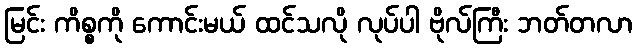
မြင်း ကိစ္စကို ကောင်းမယ် ထင်သလို လုပ်ပါ ဗိုလ်ကြီး ဘတ်တလာ